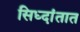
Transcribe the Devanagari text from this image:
सिध्दांतात